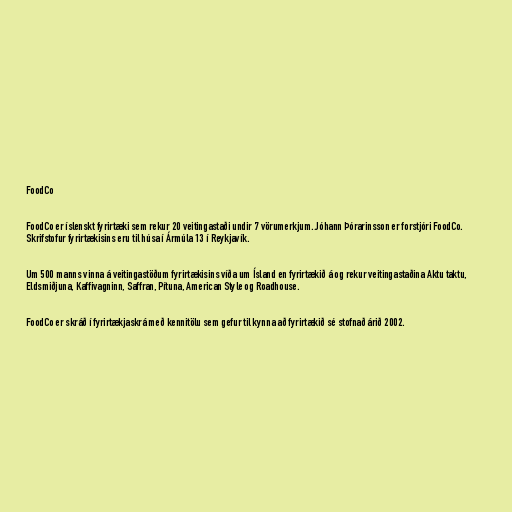
FoodCo

FoodCo er íslenskt fyrirtæki sem rekur 20 veitingastaði undir 7 vörumerkjum. Jóhann Þórarinsson er forstjóri FoodCo.
Skrifstofur fyrirtækisins eru til húsa í Ármúla 13 í Reykjavík.

Um 500 manns vinna á veitingastöðum fyrirtækisins víða um Ísland en fyrirtækið á og rekur veitingastaðina Aktu taktu,
Eldsmiðjuna, Kaffivagninn, Saffran, Pítuna, American Style og Roadhouse.

FoodCo er skráð í fyrirtækjaskrá með kennitölu sem gefur til kynna að fyrirtækið sé stofnað árið 2002.